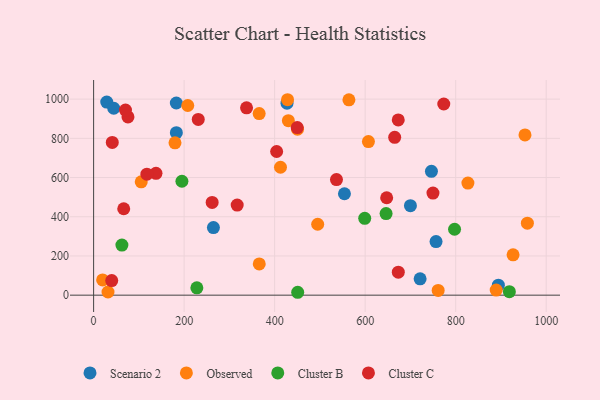
{"axis": {"x": "Ad Spend", "y": "Sales"}, "legend": ["Cluster B", "Cluster C", "Observed", "Scenario 2"], "data": [{"x": "700.0", "y": 456.3, "type": "Scenario 2"}, {"x": "427.3", "y": 979.5, "type": "Scenario 2"}, {"x": "29.0", "y": 984.8, "type": "Scenario 2"}, {"x": "721.4", "y": 83.2, "type": "Scenario 2"}, {"x": "182.7", "y": 980.4, "type": "Scenario 2"}, {"x": "554.2", "y": 517.3, "type": "Scenario 2"}, {"x": "756.6", "y": 273.3, "type": "Scenario 2"}, {"x": "264.7", "y": 345.0, "type": "Scenario 2"}, {"x": "746.4", "y": 631.9, "type": "Scenario 2"}, {"x": "894.3", "y": 50.9, "type": "Scenario 2"}, {"x": "44.5", "y": 953.5, "type": "Scenario 2"}, {"x": "182.8", "y": 828.7, "type": "Scenario 2"}, {"x": "19.9", "y": 77.5, "type": "Observed"}, {"x": "366.0", "y": 159.5, "type": "Observed"}, {"x": "430.3", "y": 889.9, "type": "Observed"}, {"x": "761.3", "y": 24.2, "type": "Observed"}, {"x": "208.0", "y": 967.5, "type": "Observed"}, {"x": "365.8", "y": 926.3, "type": "Observed"}, {"x": "564.1", "y": 996.6, "type": "Observed"}, {"x": "827.0", "y": 571.6, "type": "Observed"}, {"x": "428.5", "y": 997.0, "type": "Observed"}, {"x": "607.2", "y": 783.6, "type": "Observed"}, {"x": "450.5", "y": 846.8, "type": "Observed"}, {"x": "926.8", "y": 205.7, "type": "Observed"}, {"x": "105.2", "y": 578.2, "type": "Observed"}, {"x": "412.9", "y": 652.6, "type": "Observed"}, {"x": "889.5", "y": 25.9, "type": "Observed"}, {"x": "179.8", "y": 777.0, "type": "Observed"}, {"x": "953.1", "y": 817.4, "type": "Observed"}, {"x": "958.4", "y": 367.0, "type": "Observed"}, {"x": "495.1", "y": 361.8, "type": "Observed"}, {"x": "31.8", "y": 16.0, "type": "Observed"}, {"x": "228.1", "y": 37.2, "type": "Cluster B"}, {"x": "195.1", "y": 581.0, "type": "Cluster B"}, {"x": "599.0", "y": 392.2, "type": "Cluster B"}, {"x": "62.5", "y": 255.7, "type": "Cluster B"}, {"x": "918.6", "y": 17.8, "type": "Cluster B"}, {"x": "797.5", "y": 336.3, "type": "Cluster B"}, {"x": "646.2", "y": 416.1, "type": "Cluster B"}, {"x": "450.9", "y": 14.7, "type": "Cluster B"}, {"x": "137.8", "y": 621.4, "type": "Cluster C"}, {"x": "231.2", "y": 896.6, "type": "Cluster C"}, {"x": "117.7", "y": 617.2, "type": "Cluster C"}, {"x": "261.9", "y": 472.9, "type": "Cluster C"}, {"x": "75.9", "y": 909.4, "type": "Cluster C"}, {"x": "749.8", "y": 521.0, "type": "Cluster C"}, {"x": "70.4", "y": 944.0, "type": "Cluster C"}, {"x": "673.2", "y": 117.3, "type": "Cluster C"}, {"x": "536.6", "y": 589.6, "type": "Cluster C"}, {"x": "40.0", "y": 74.4, "type": "Cluster C"}, {"x": "317.2", "y": 459.8, "type": "Cluster C"}, {"x": "647.5", "y": 496.8, "type": "Cluster C"}, {"x": "449.9", "y": 854.9, "type": "Cluster C"}, {"x": "773.7", "y": 975.3, "type": "Cluster C"}, {"x": "337.9", "y": 955.7, "type": "Cluster C"}, {"x": "404.4", "y": 732.9, "type": "Cluster C"}, {"x": "41.2", "y": 779.4, "type": "Cluster C"}, {"x": "673.1", "y": 893.9, "type": "Cluster C"}, {"x": "66.5", "y": 440.8, "type": "Cluster C"}, {"x": "665.2", "y": 805.1, "type": "Cluster C"}]}